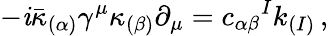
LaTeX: -\mathit{i}\bar{{\kappa}}_{(\alpha)}\gamma^{\mu}\kappa_{(\beta)}\partial_{\mu}=c_{\alpha\beta}{}^{I}k_{(I)}\, ,